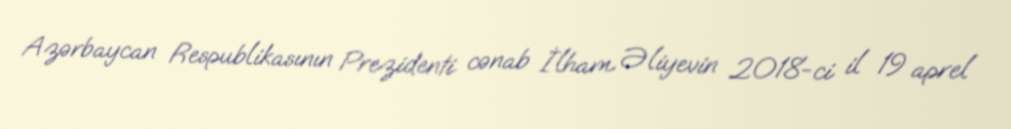
Azərbaycan Respublikasının Prezidenti cənab İlham Əliyevin 2018-ci il 19 aprel